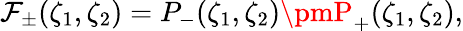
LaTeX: \mathcal{F}_{\pm}(\zeta_{1},\zeta_{2})=P_{-}(\zeta_{1},\zeta_{2})\pmP_{+}(\zeta_{1},\zeta_{2}),